65_HS1-834228961_62-HQ-83894_Section_3
Agency: FBI
Page 75
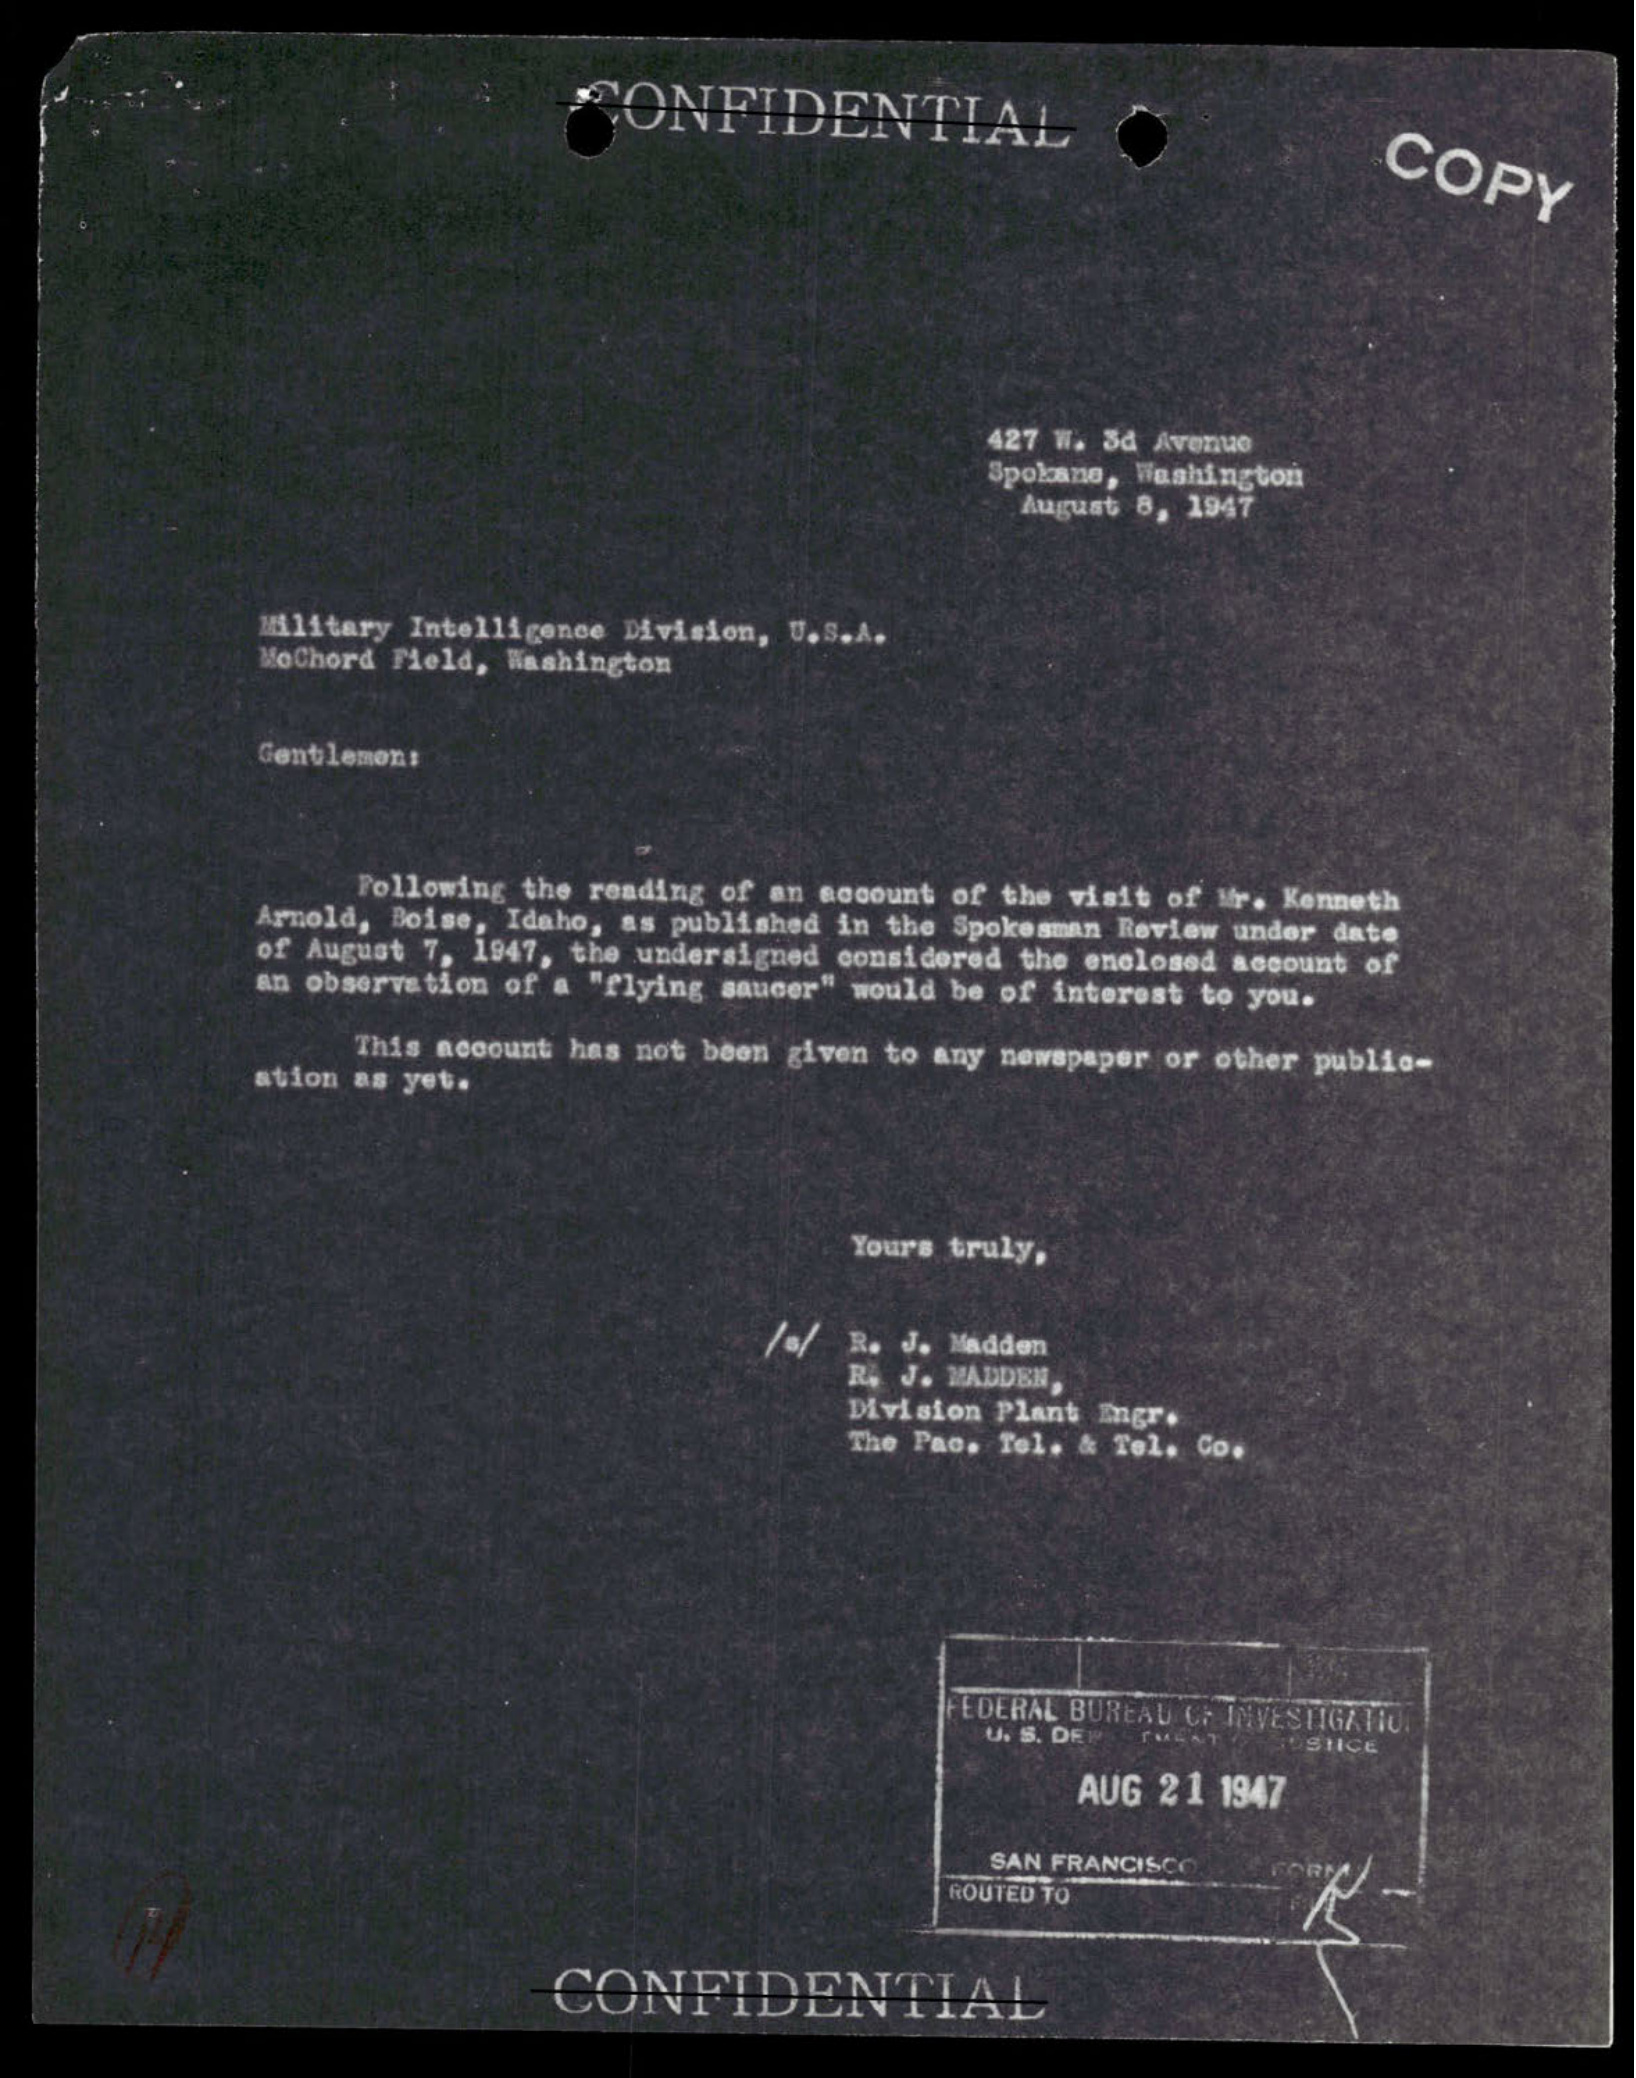